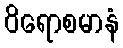
ဝိရောစမာနံ